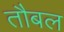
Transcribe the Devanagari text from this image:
तौबल